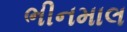
ભીનમાલ